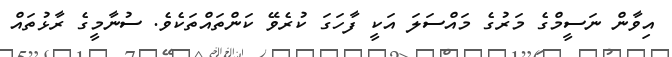
އިވާން ނަސީމްގެ މަރުގެ މައްސަލަ އަކީ ފާހަގަ ކުރެވޭ ކަންތައްތަކެވެ. ސުނާމީގެ ރާޅުތައް